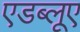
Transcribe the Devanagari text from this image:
एडब्लूए